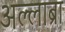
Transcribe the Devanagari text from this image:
अल्लाब्रा